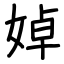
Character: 婥